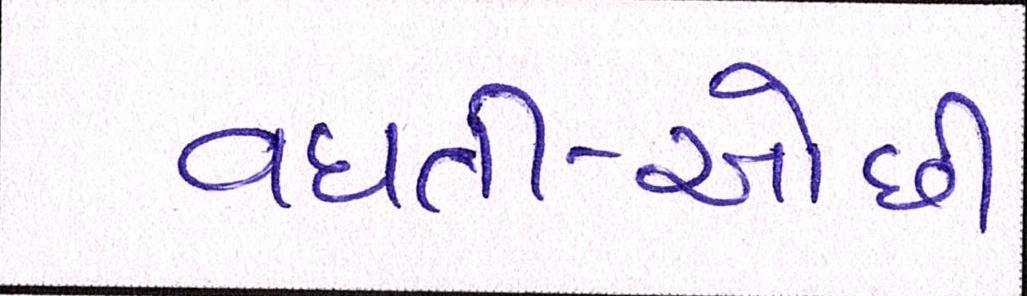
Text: વધતી-ઓછી